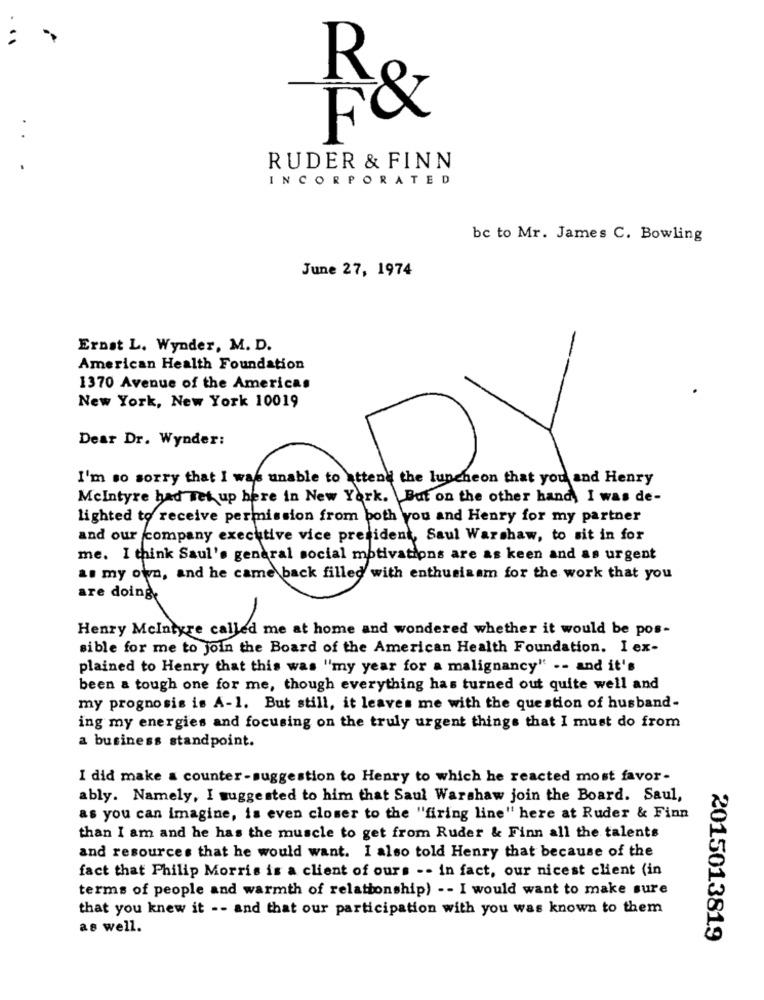
R
RT
F&
RUDER & FINN
INCORPORATED
bc to Mr. James C. Bowling
June 27, 1974
Ernst L. Wynder, M. D.
American Health Foundation
1370 Avenue of the Americas
New York, New York 10019
Dear Dr. Wynder:
and our company executive vice president, Saul Warshaw, to sit in for
me. I think Saul's general social motivations are as keen and as urgent
as my own, and he came back filled with enthusiaam for the work that you
are doing
Henry Mcintyre called me at home and wondered whether it would be pos-
sible for me to join the Board of the American Health Foundation. I ex-
plained to Henry that this was "my year for a malignancy" -- and it's
been a tough one for me, though everything has turned out quite well and
my prognosis is A-1. But still, it leaves me with the question of husband-
ing my energies and focusing on the truly urgent things that I must do from
a business standpoint.
I did make a counter-suggestion to Henry to which he reacted most favor-
ably. Namely, I suggested to him that Saul Warshaw join the Board. Saul,
as you can imagine, is even closer to the "firing line" here at Ruder & Finn
than I am and he has the muscle to get from Ruder & Finn all the talents
and resources that he would want. I also told Henry that because of the
fact that Philip Morris is a client of ours -- in fact, our nicest client (in
terms of people and warmth of relationship) -- I would want to make sure
that you knew it -- and that our participation with you was known to them
as well.
2015013819